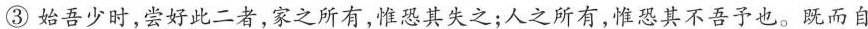
③始吾少时，尝好此二者，家之所有，惟恐其失之；人之所有，惟恐其不吾予也。既而自